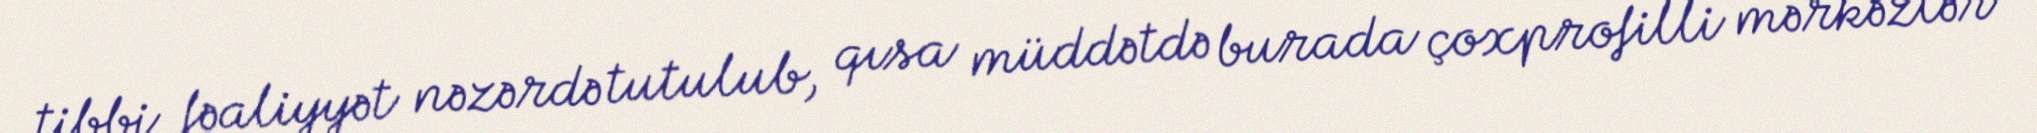
tibbi fəaliyyət nəzərdə tutulub, qısa müddətdə burada çoxprofilli mərkəzlər